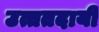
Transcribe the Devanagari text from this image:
उत्ततदायी